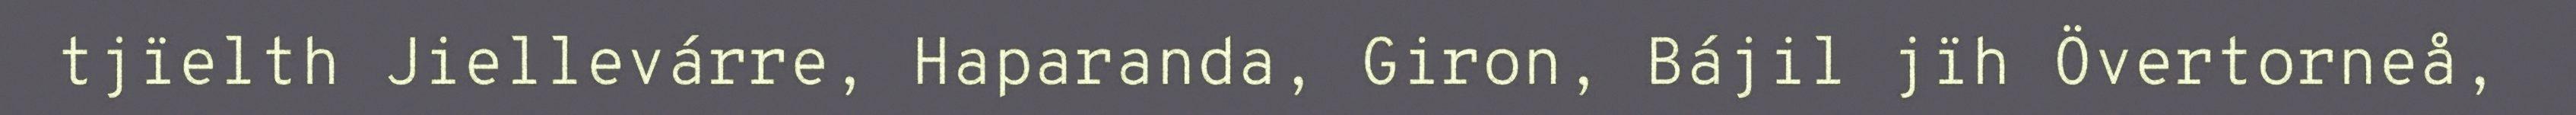
tjïelth Jiellevárre, Haparanda, Giron, Bájil jïh Övertorneå,